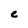
Character: e